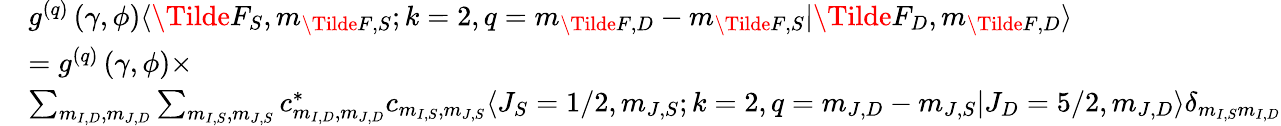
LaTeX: \begin{array}{rl}&{g^{(q)}\left(\gamma,\phi\right)\langle\Tilde{F}_{S},m_{\Tilde{F},S};k=2,q=m_{\Tilde{F},D}-m_{\Tilde{F},S}\lvert\Tilde{F}_{D},m_{\Tilde{F},D}\rangle}\\ &{=g^{(q)}\left(\gamma,\phi\right)\times}\\ &{\sum_{m_{I,D},m_{J,D}}\sum_{m_{I,S},m_{J,S}}c_{m_{I,D},m_{J,D}}^{*}c_{m_{I,S},m_{J,S}}\langle J_{S}=1/2,m_{J,S};k=2,q=m_{J,D}-m_{J,S}\lvert J_{D}=5/2,m_{J,D}\rangle\delta_{m_{I,S}m_{I,D}}}\end{array}